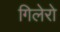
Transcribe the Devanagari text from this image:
गिलेरो